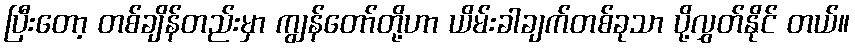
ပြီးတော့ တစ်ချိန်တည်းမှာ ကျွန်တော်တို့ဟာ ယိမ်းခါချက်တစ်ခုသာ ပို့လွှတ်နိုင် တယ်။